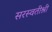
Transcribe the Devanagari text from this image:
सरस्वतीश्री